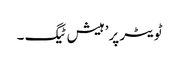
ٹویٹر پر’ہیش ٹیگ ۔